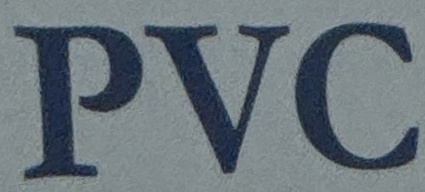
PVC